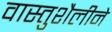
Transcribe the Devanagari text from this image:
वास्तुशैलीने